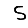
Digit: 5